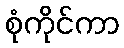
စုံကိုင်ကာ